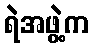
ရဲအဖွဲ့က